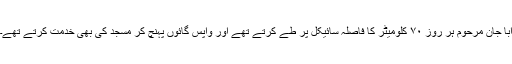
ابا جان مرحوم ہر روز ۷۰ کلومیٹر کا فاصلہ سائیکل پر طے کرتے تھے اور واپس گائوں پہنچ کر مسجد کی بھی خدمت کرتے تھے۔